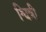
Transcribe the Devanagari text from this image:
श्वित्री